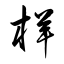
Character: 样